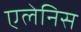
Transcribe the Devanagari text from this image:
एलेनिस